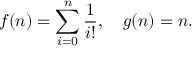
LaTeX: f ( n ) = \sum _ { i = 0 } ^ { n } { \frac { 1 } { i ! } } , \quad g ( n ) = n .